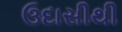
ઉદાસીથી